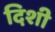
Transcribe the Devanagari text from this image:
दिशी